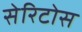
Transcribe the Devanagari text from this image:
सेरिटोस